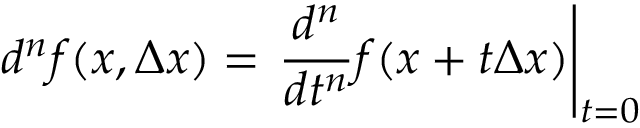
d ^ { n } f ( x , \Delta x ) = \left. { \frac { d ^ { n } } { d t ^ { n } } } f ( x + t \Delta x ) \right| _ { t = 0 }